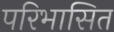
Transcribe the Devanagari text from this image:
परिभासित